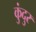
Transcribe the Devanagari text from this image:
कुंदुर